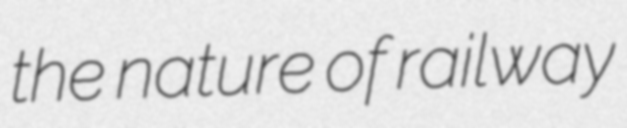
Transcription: the nature of railway